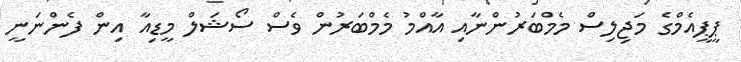
ޕީޕީއެމްގެ މަޖިލިސް މެމްބަރުންނާއި އާއްމު މެމްބަރުން ވެސް ސޯޝަލް މީޑިއާ އިން ފެންނަނީ